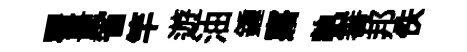
瞿量省竿遊油鍾寤執審邦佚